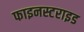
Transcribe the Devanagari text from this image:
फाइनस्टराइड